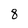
Character: 8